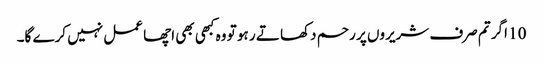
10 اگر تم صرف شریروں پر رحم دکھا تے ر ہو تو وہ کبھی بھی اچھا عمل نہیں کرے گا۔